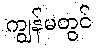
ကျွန်မတွင်